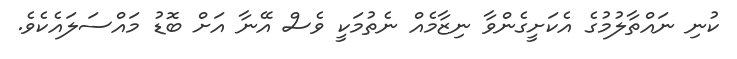
ކުނި ނައްތާލުމުގެ އެކަށީގެންވާ ނިޒާމެއް ނެތުމަކީ ވެސް އޭނާ އަށް ބޮޑު މައްސަލައެކެވެ.